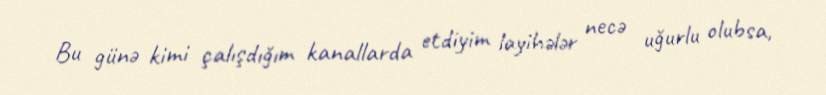
Bu günə kimi çalışdığım kanallarda etdiyim layihələr necə uğurlu olubsa,